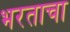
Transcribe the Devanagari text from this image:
भरताचा